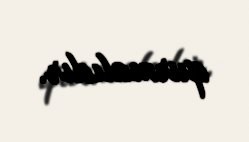
qurmalıdır.